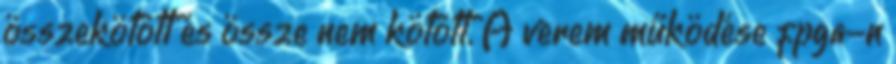
összekötött és össze nem kötött. A verem működése fpga-n